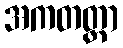
အကတတ္တာ